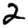
Digit: 2